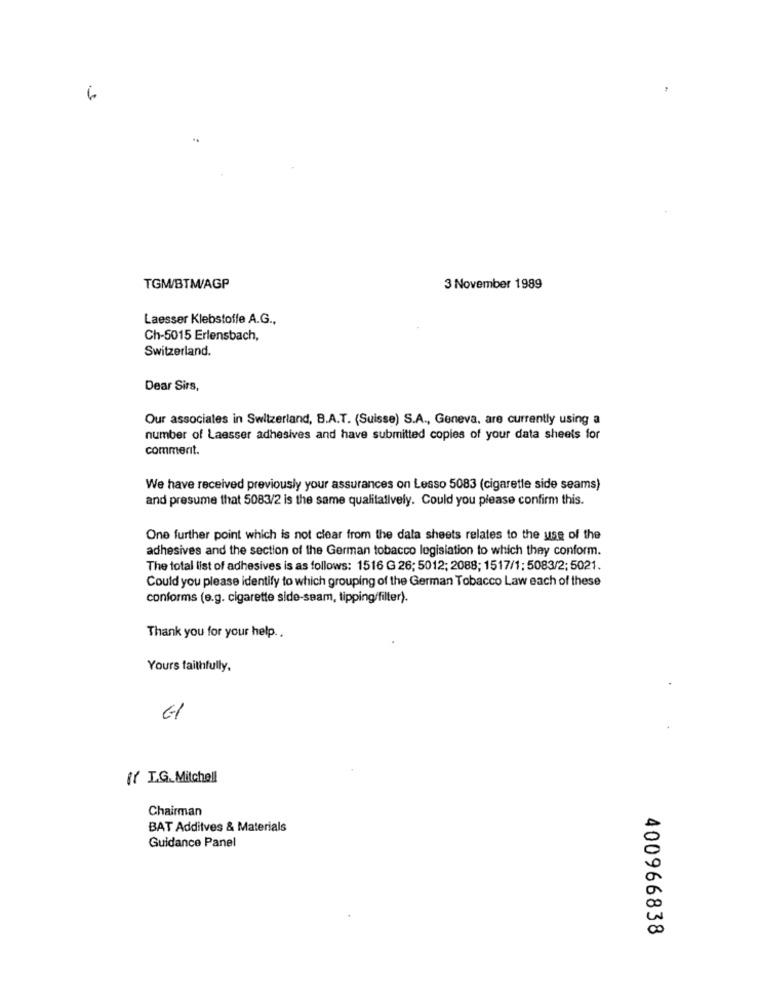
6
TGM/BTM/AGP
3 November 1989
Laesser Klebstoffe A.G .,
Ch-5015 Erlensbach,
Switzerland.
Dear Sirs,
Our associates in Switzerland, B.A.T. (Suisse) S.A ., Geneva, are currently using a
number of Laesser adhesives and have submitted copies of your data sheets for
comment.
We have received previously your assurances on Lesso 5083 (cigarette side seams)
and presume that 5083/2 is the same qualitatively. Could you please confirm this.
One further point which is not clear from the data sheets relates to the use of the
adhesives and the section of the German tobacco legislation to which they conform.
The total list of adhesives is as follows: 1516 G 26; 5012; 2088; 1517/1: 5083/2; 5021.
Could you please identify to which grouping of the German Tobacco Law each of these
conforms (e.g. cigarette side-seam, tipping filter).
Thank you for your help ..
Yours faithfully,
if I.G. Mitchell
Chairman
BAT Additves & Materials
Guidance Panel
400966838